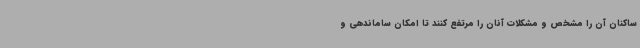
ساکنان آن را مشخص و مشکلات آنان را مرتفع کنند تا امکان ساماندهی و